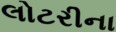
લોટરીના